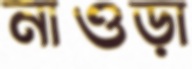
নাওড়া